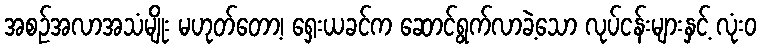
အစဉ်အလာအသံမျိုး မဟုတ်တော့၊ ရှေးယခင်က ဆောင်ရွက်လာခဲ့သော လုပ်ငန်းများနှင့် လုံးဝ